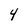
Character: 4